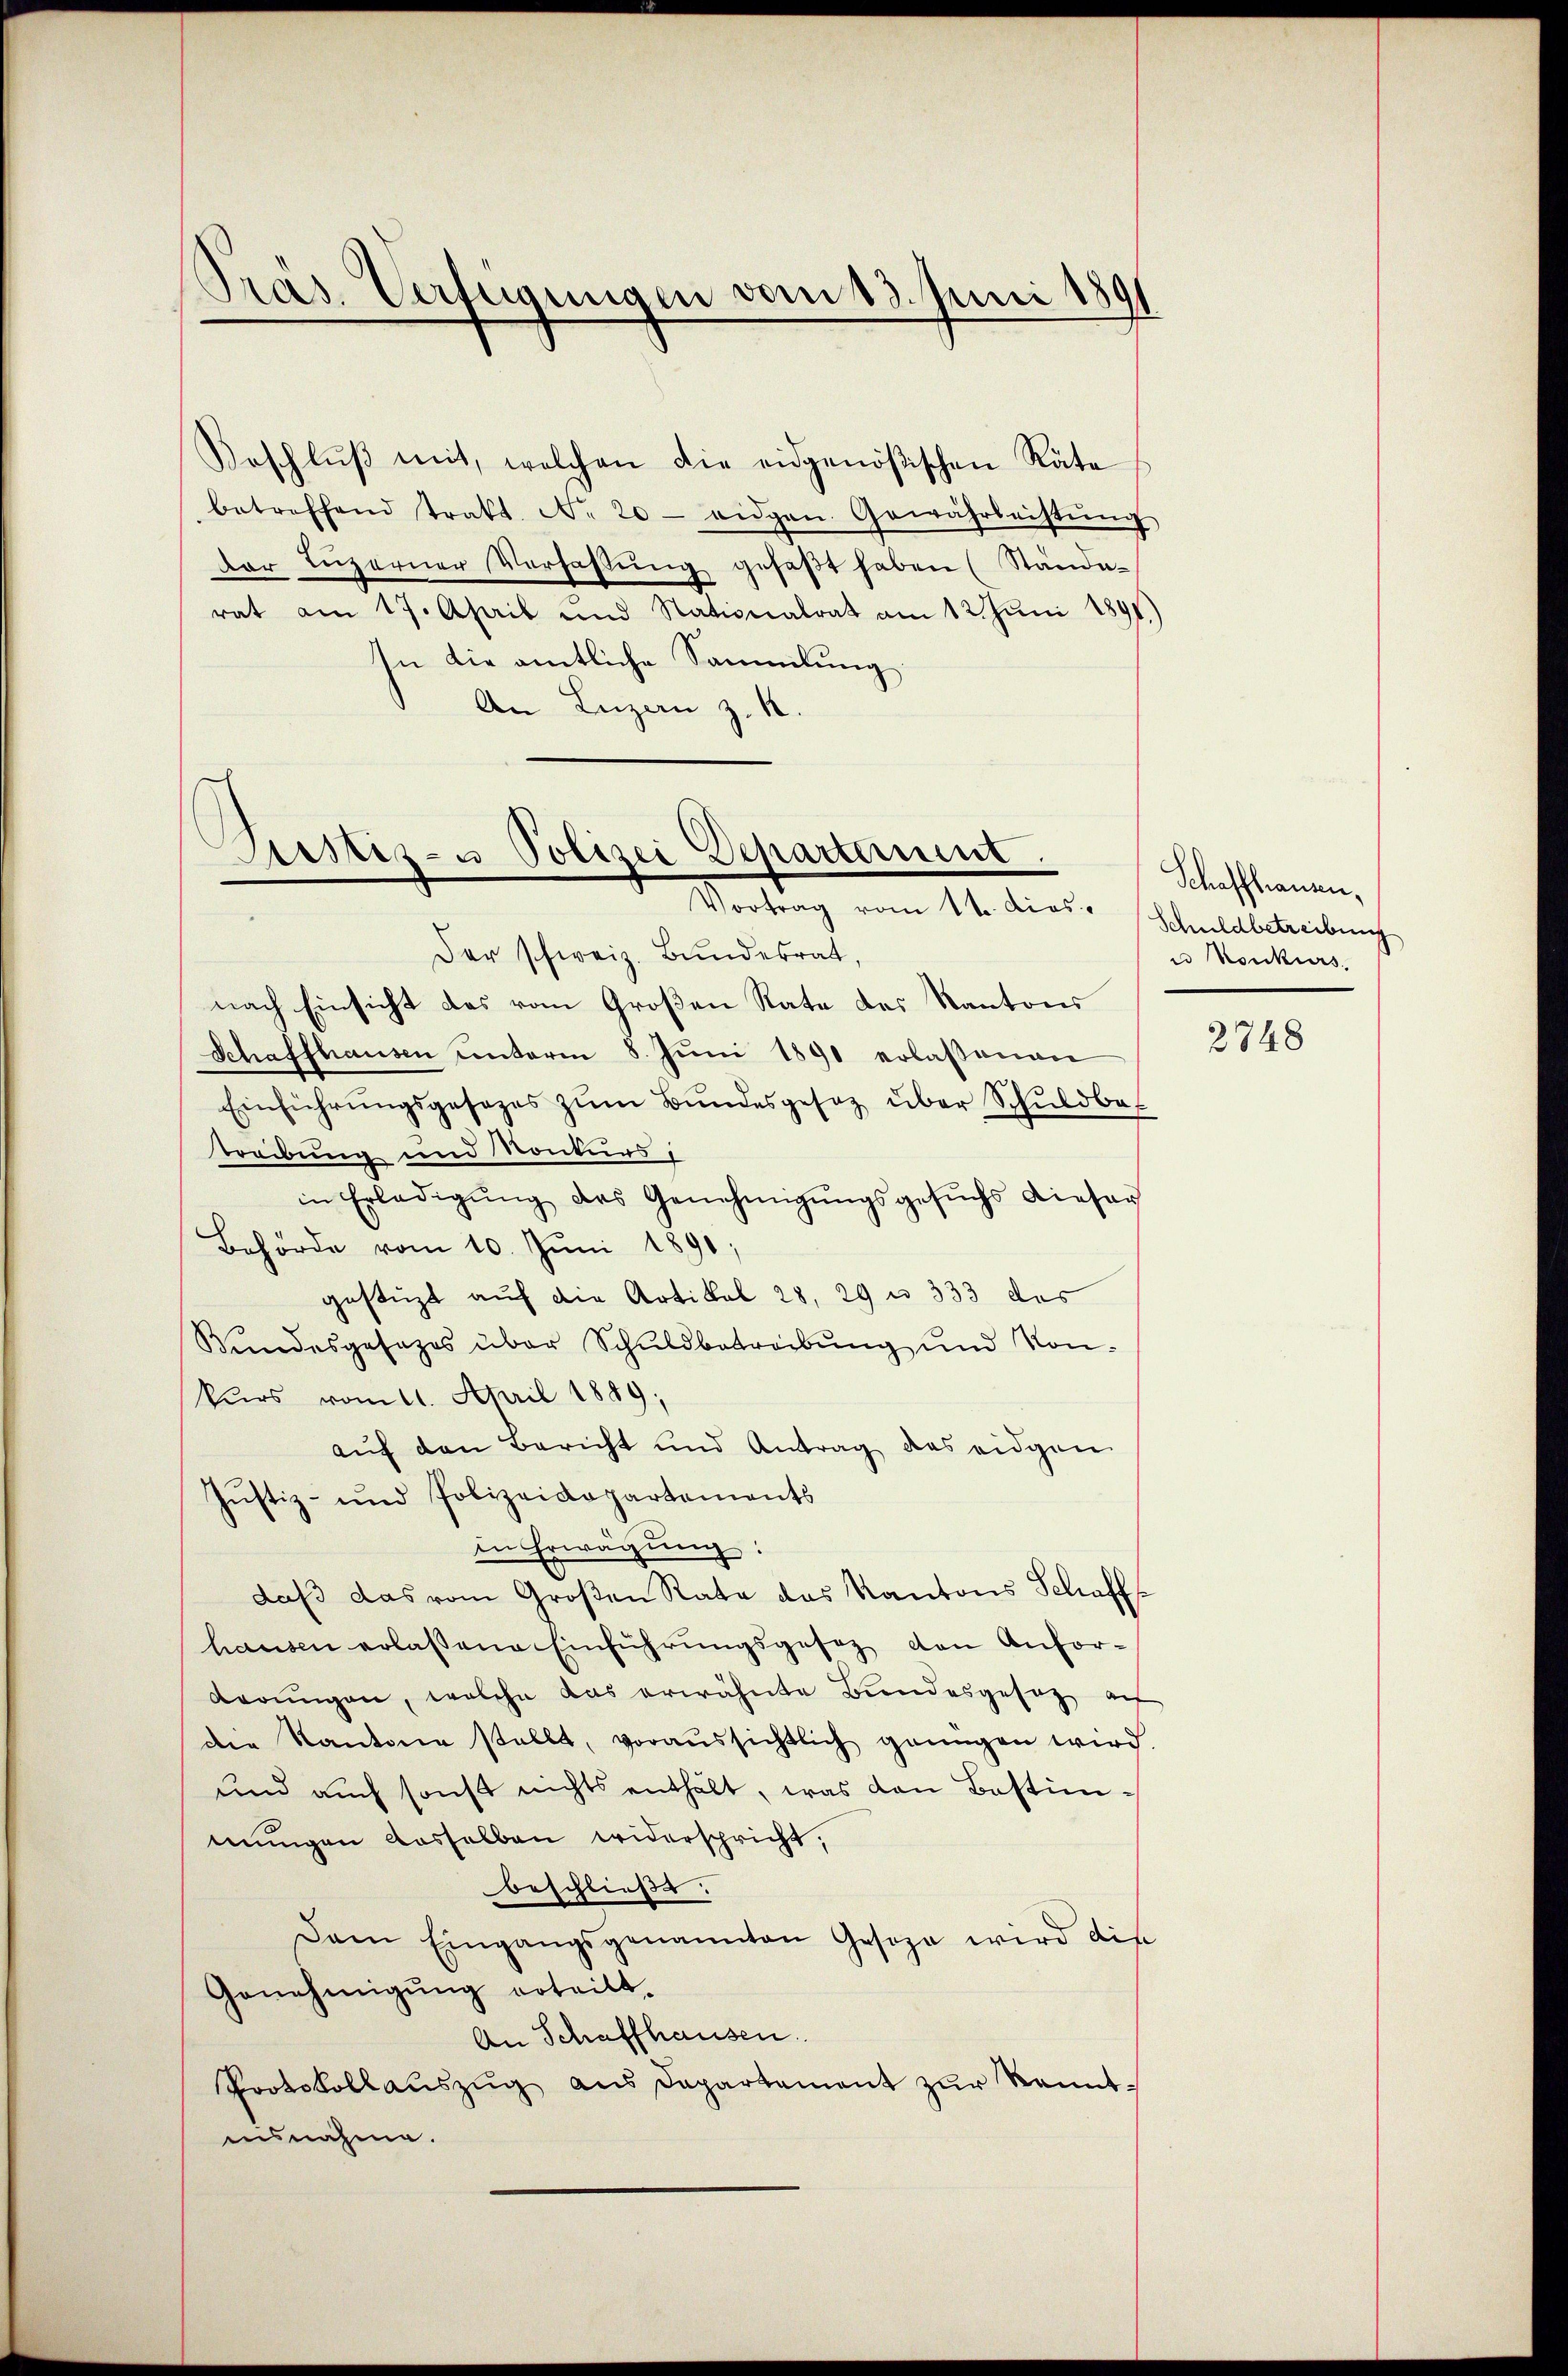
Pras. Verfügungen vom 13. Juni 189

Beschlŭβ mit, welchen die eidgenößischen Räte
betreffend trakt. No 20 - eidgen. Gewährsachtŭng
Der Luzerner Verfassŭng gefaβt haben (Stände-
rat am 17. April und Stationalrat am 12. Jŭni 1891.)
In die amtliche Sammlung
An Luzern z. B.

Justiz- u Polizei Departement.
Vortrag vom 1ten dies. Schuldbetreibung

Der schweiz. Bundesrat,
nach Einsicht das vom Großen Rate des Kantons
Schaffhausen unterm 8. Jŭni 1891 erlassenen
Einführŭngsgesezes zŭm Bŭndesgesetz über Schuldba
Treibung und Konkurs,
in Erledigŭng des Genehmigŭngsgesŭchs dieser
Behörde vom 10. Jŭni 1890;
gestüzt auf die Artikal 28, 29 n 333 des
Bundesgesezes über Schuldbetreibung und Konkurs vom 11. April 1889;
auf den Bericht und Antrag des eidgen
Justiz- und Polizeidepartements
in Erwägung:
daβ das vom Großen Rate des Kantons Schaffhausen erlaßene Einführungsgesez den Anforderŭngen, welche das erwähnte Bundesgesetz au
die Kantone stellt, voraussichtlich genügen wird.
und auch sonst nichts enthält, was den Bestimmungen dasselben widerspricht,
beschließt:
Dam Eingangsgenannten Geseze wird die
Genehmigŭng erteilt.
An Schaffhausen
Protokollauszug aus Dapartement zur Kenntinsnahme.

Schaffhausen,
u Konkurs.

2748